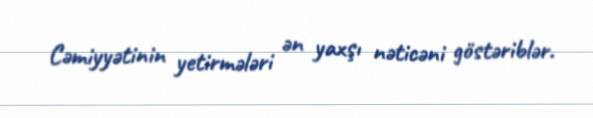
Cəmiyyətinin yetirmələri ən yaxşı nəticəni göstəriblər.